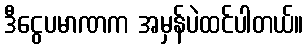
ဒီငွေပမာဏက အမှန်ပဲထင်ပါတယ်။